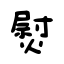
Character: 熨